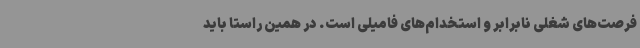
فرصت‌های شغلی نابرابر و استخدام‌های فامیلی است. در همین راستا باید